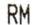
RM